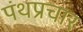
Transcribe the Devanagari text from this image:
पंथप्रचार